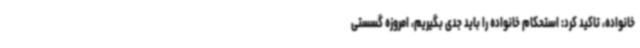
خانواده، تاکید کرد: استحکام خانواده را باید جدی بگیریم، امروزه گسستی